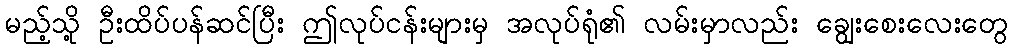
မည့်သို့ ဦးထိပ်ပန်ဆင်ပြီး ဤလုပ်ငန်းများမှ အလုပ်ရုံ၏ လမ်းမှာလည်း ချွေးစေးလေးတွေ